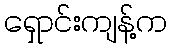
ရှောင်းကျန့်က